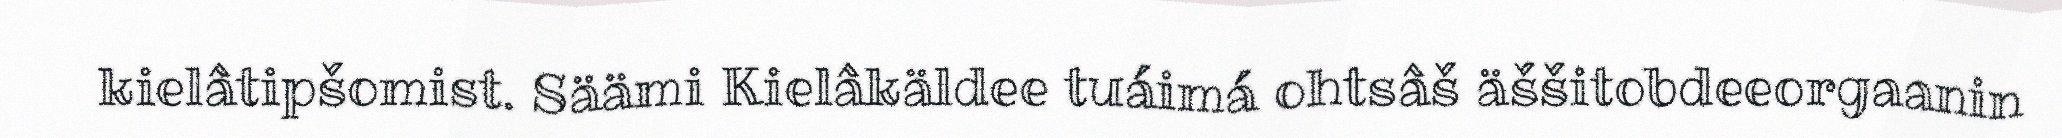
kielâtipšomist. Säämi Kielâkäldee tuáimá ohtsâš äššitobdeeorgaanin